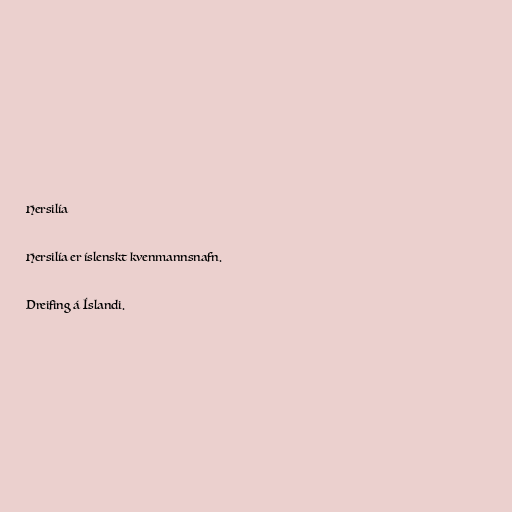
Hersilía

Hersilía er íslenskt kvenmannsnafn.

Dreifing á Íslandi.